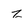
Character: z